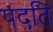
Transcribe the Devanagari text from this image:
पदति